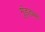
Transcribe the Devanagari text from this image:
गुंड्डम्मा